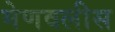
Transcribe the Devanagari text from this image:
मेणवलीस